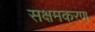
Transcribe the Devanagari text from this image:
सक्षमकरण